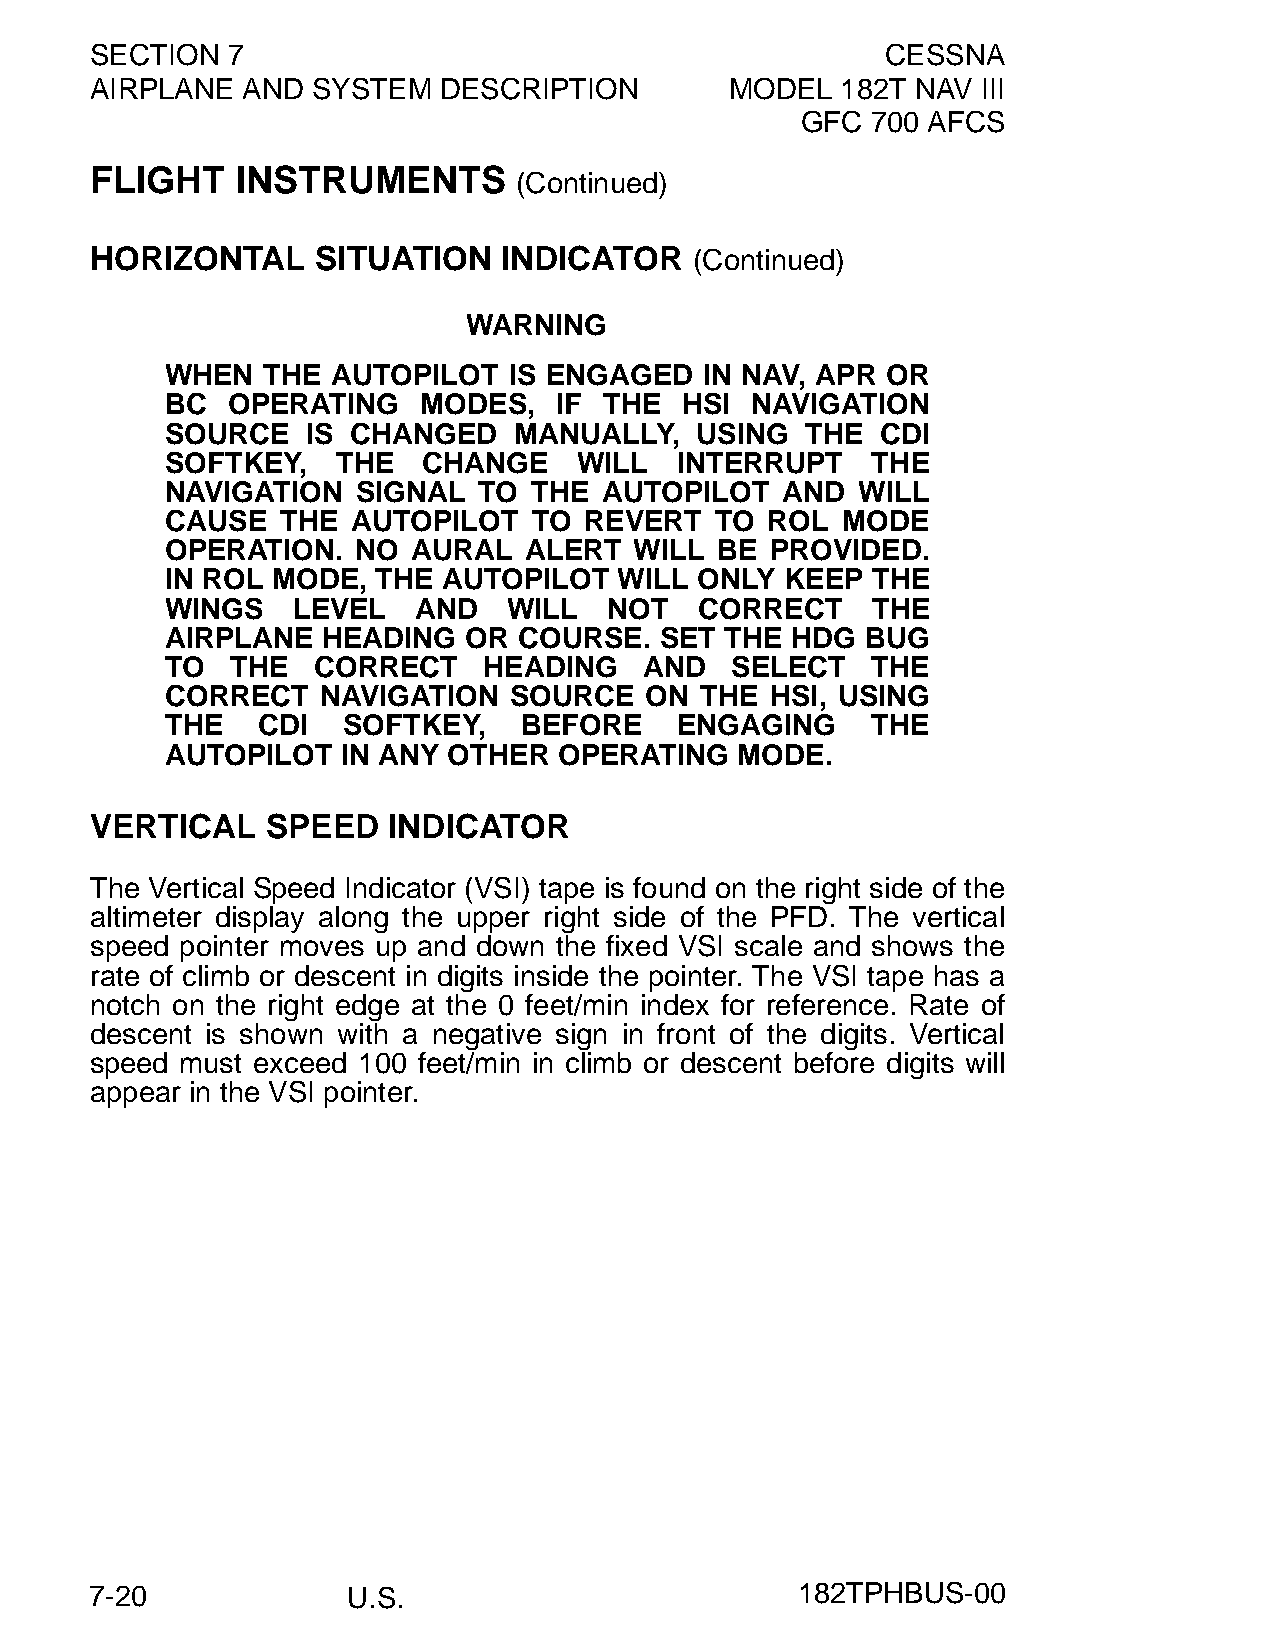
SECTION  7                                           CESSNA
 AIRPLANE  AND  SYSTEM  DESCRIPTION        MODEL   182T NAV III
 GFC  700 AFCS
 FLIGHT    INSTRUMENTS
 (Continued)
 HORIZONTAL     SITUATION   INDICATOR    (Continued)
 WARNING
 WHEN  THE  AUTOPILOT   IS ENGAGED   IN NAV, APR OR
 BC  OPERATING    MODES,   IF THE  HSI  NAVIGATION
 SOURCE   IS CHANGED    MANUALLY,   USING  THE  CDI
 SOFTKEY,   THE   CHANGE    WILL   INTERRUPT    THE
 NAVIGATION   SIGNAL  TO THE  AUTOPILOT   AND  WILL
 CAUSE   THE AUTOPILOT   TO  REVERT  TO  ROL  MODE
 OPERATION.   NO AURAL   ALERT  WILL BE  PROVIDED.
 IN ROL MODE,  THE AUTOPILOT   WILL ONLY  KEEP  THE
 WINGS   LEVEL    AND   WILL  NOT   CORRECT     THE
 AIRPLANE  HEADING   OR COURSE.   SET THE HDG  BUG
 TO  THE   CORRECT    HEADING    AND  SELECT    THE
 CORRECT   NAVIGATION   SOURCE   ON THE  HSI, USING
 THE   CDI   SOFTKEY,    BEFORE    ENGAGING     THE
 AUTOPILOT   IN ANY OTHER  OPERATING   MODE.
 VERTICAL    SPEED   INDICATOR
 The Vertical Speed Indicator (VSI) tape is found on the right side of the
 altimeter display along the upper right side of the PFD. The vertical
 speed pointer moves up and down the fixed VSI scale and shows the
 rate of climb or descent in digits inside the pointer. The VSI tape has a
 notch on the right edge at the 0 feet/min index for reference. Rate of
 descent is shown with a negative sign in front of the digits. Vertical
 speed must exceed 100 feet/min in climb or descent before digits will
 appear in the VSI pointer.
 7-20             U.S.                          182TPHBUS-00